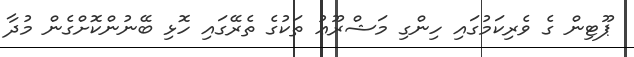
ޕޫޓިން ގެ ވެރިކަމުގައި ހިންގި މަޝްރޫޢު ތަކުގެ ތެރޭގައި ހޮޅި ބޭނުންކޮށްގެން މުދާ